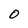
Character: 0